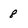
Character: 8